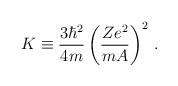
LaTeX: \begin{align*}K\equiv \frac{3\hbar^2}{4m}\left(\frac{Ze^2}{mA}\right)^2\,{.}\end{align*}